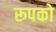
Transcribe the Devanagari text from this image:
रूपको